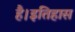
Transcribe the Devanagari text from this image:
है।इतिहास